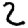
Digit: 2